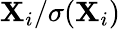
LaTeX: \mathbf{X}_{i}/\sigma(\mathbf{X}_{i})